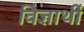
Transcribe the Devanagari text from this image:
विज्ञार्थी